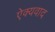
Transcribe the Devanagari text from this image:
ऐक्यवाद